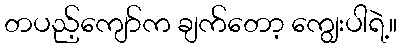
တပည့်ကျော်က ချက်တော့ ကျွေးပါရဲ့။